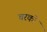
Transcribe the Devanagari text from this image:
चरको